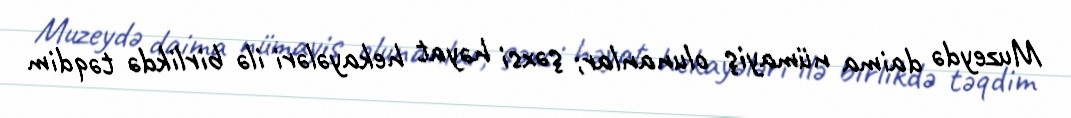
Muzeydə daima nümayiş olunanlar; şəxsi həyat hekayələri ilə birlikdə təqdim